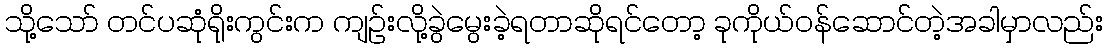
သို့သော် တင်ပဆုံရိုးကွင်းက ကျဉ်းလို့ခွဲမွေးခဲ့ရတာဆိုရင်တော့ ခုကိုယ်ဝန်ဆောင်တဲ့အခါမှာလည်း